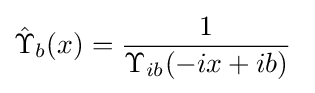
{\hat {\Upsilon }}_{b}(x)={\frac {1}{\Upsilon _{ib}(-ix+ib)}}\